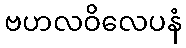
ဗဟလဝိလေပနံ